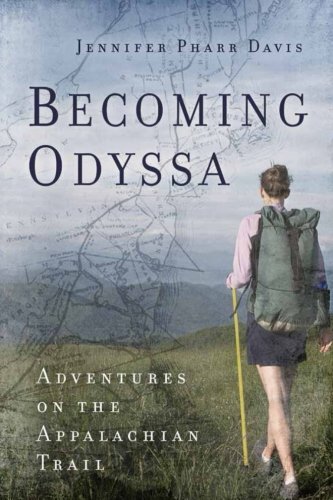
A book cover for Becoming Odyssa: Adventures on the Appalachian Trail; Jennifer Pharr Davis; Sports & Outdoors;